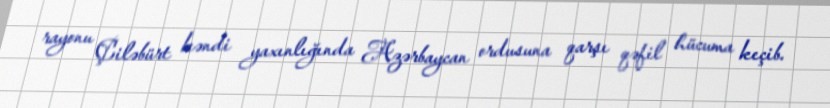
rayonu Çiləbürt kəndi yaxınlığında Azərbaycan ordusuna qarşı qəfil hücuma keçib.